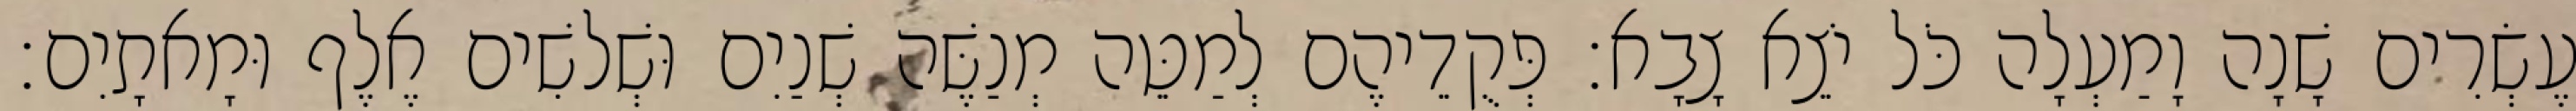
עֶשְׂרִים שָׁנָה וָמַעְלָה כֹּל יֹצֵא צָבָא׃ פְּקֻדֵיהֶם לְמַטֵּה מְנַשֶּׁה שְׁנַיִם וּשְׁלשִׁים אֶלֶף וּמָאתָיִם׃